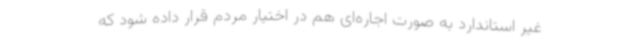
غیر استاندارد به صورت اجاره‌ای هم در اختیار مردم قرار داده شود که